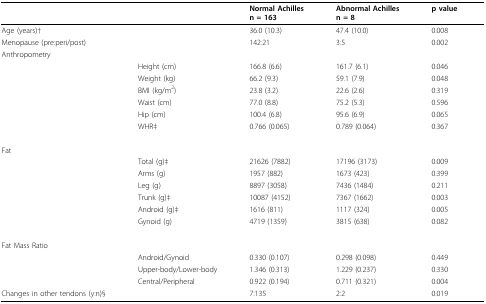
<table><thead><tr><td></td><td></td><td><b>Normal Achillesn = 163</b></td><td><b>Abnormal Achillesn = 8</b></td><td><b>p value</b></td></tr></thead><tbody><tr><td>Age (years)†</td><td></td><td>36.0 (10.3)</td><td>47.4 (10.0)</td><td>0.008</td></tr><tr><td>Menopause (pre:peri/post)</td><td></td><td>142:21</td><td>3:5</td><td>0.002</td></tr><tr><td>Anthropometry</td><td></td><td></td><td></td><td></td></tr><tr><td></td><td>Height (cm)</td><td>166.8 (6.6)</td><td>161.7 (6.1)</td><td>0.046</td></tr><tr><td></td><td>Weight (kg)</td><td>66.2 (9.3)</td><td>59.1 (7.9)</td><td>0.048</td></tr><tr><td></td><td>BMI (kg/m<sup>2</sup>)</td><td>23.8 (3.2)</td><td>22.6 (2.6)</td><td>0.319</td></tr><tr><td></td><td>Waist (cm)</td><td>77.0 (8.8)</td><td>75.2 (5.3)</td><td>0.596</td></tr><tr><td></td><td>Hip (cm)</td><td>100.4 (6.8)</td><td>95.6 (6.9)</td><td>0.065</td></tr><tr><td></td><td>WHR‡</td><td>0.766 (0.065)</td><td>0.789 (0.064)</td><td>0.367</td></tr><tr><td>Fat</td><td></td><td></td><td></td><td></td></tr><tr><td></td><td>Total (g)‡</td><td>21626 (7882)</td><td>17196 (3173)</td><td>0.009</td></tr><tr><td></td><td>Arms (g)</td><td>1957 (882)</td><td>1673 (423)</td><td>0.399</td></tr><tr><td></td><td>Leg (g)</td><td>8897 (3058)</td><td>7436 (1484)</td><td>0.211</td></tr><tr><td></td><td>Trunk (g)‡</td><td>10087 (4152)</td><td>7367 (1662)</td><td>0.003</td></tr><tr><td></td><td>Android (g)‡</td><td>1616 (811)</td><td>1117 (324)</td><td>0.005</td></tr><tr><td></td><td>Gynoid (g)</td><td>4719 (1359)</td><td>3815 (638)</td><td>0.082</td></tr><tr><td>Fat Mass Ratio</td><td></td><td></td><td></td><td></td></tr><tr><td></td><td>Android/Gynoid</td><td>0.330 (0.107)</td><td>0.298 (0.098)</td><td>0.449</td></tr><tr><td></td><td>Upper-body/Lower-body</td><td>1.346 (0.313)</td><td>1.229 (0.237)</td><td>0.330</td></tr><tr><td></td><td>Central/Peripheral</td><td>0.922 (0.194)</td><td>0.711 (0.321)</td><td>0.004</td></tr><tr><td>Changes in other tendons (y:n)§</td><td></td><td>7:135</td><td>2:2</td><td>0.019</td></tr></tbody></table>